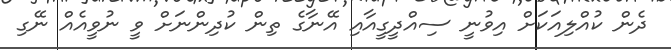
ދެން ކުއްލިއަކަށް އިވުނީ ސިއްދީގީއާއި އޭނާގެ ތިން ކުދިންނަށް ވީ ނުވީއެއް ނޭގި